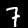
Label: 7